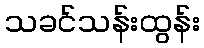
သခင်သန်းထွန်း